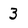
Character: 3